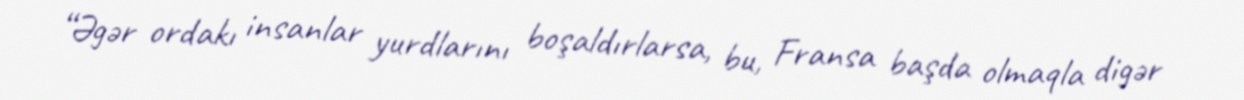
“Əgər ordakı insanlar yurdlarını boşaldırlarsa, bu, Fransa başda olmaqla digər